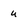
Character: u